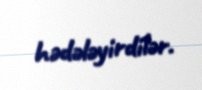
hədələyirdilər.